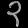
Digit: ၃